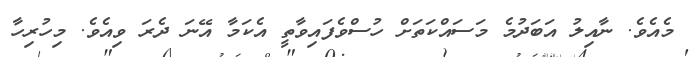
މެއެވެ. ނާއިލު އަބަދުމެ މަސައްކަތަށް ހުސްވެފައިވާތީ އެކަމާ އޭނަ ދެރަ ވިއެވެ. މިހުރިހާ